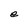
Character: e